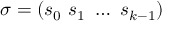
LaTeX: \sigma = ( s _ { 0 } ~ s _ { 1 } ~ \dots ~ s _ { k - 1 } )